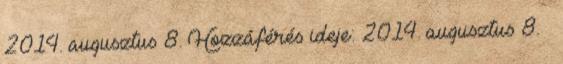
2014. augusztus 8. Hozzáférés ideje: 2014. augusztus 8. ↑